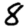
Digit: 8